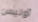
أوليس